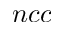
n c c